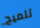
تلميح